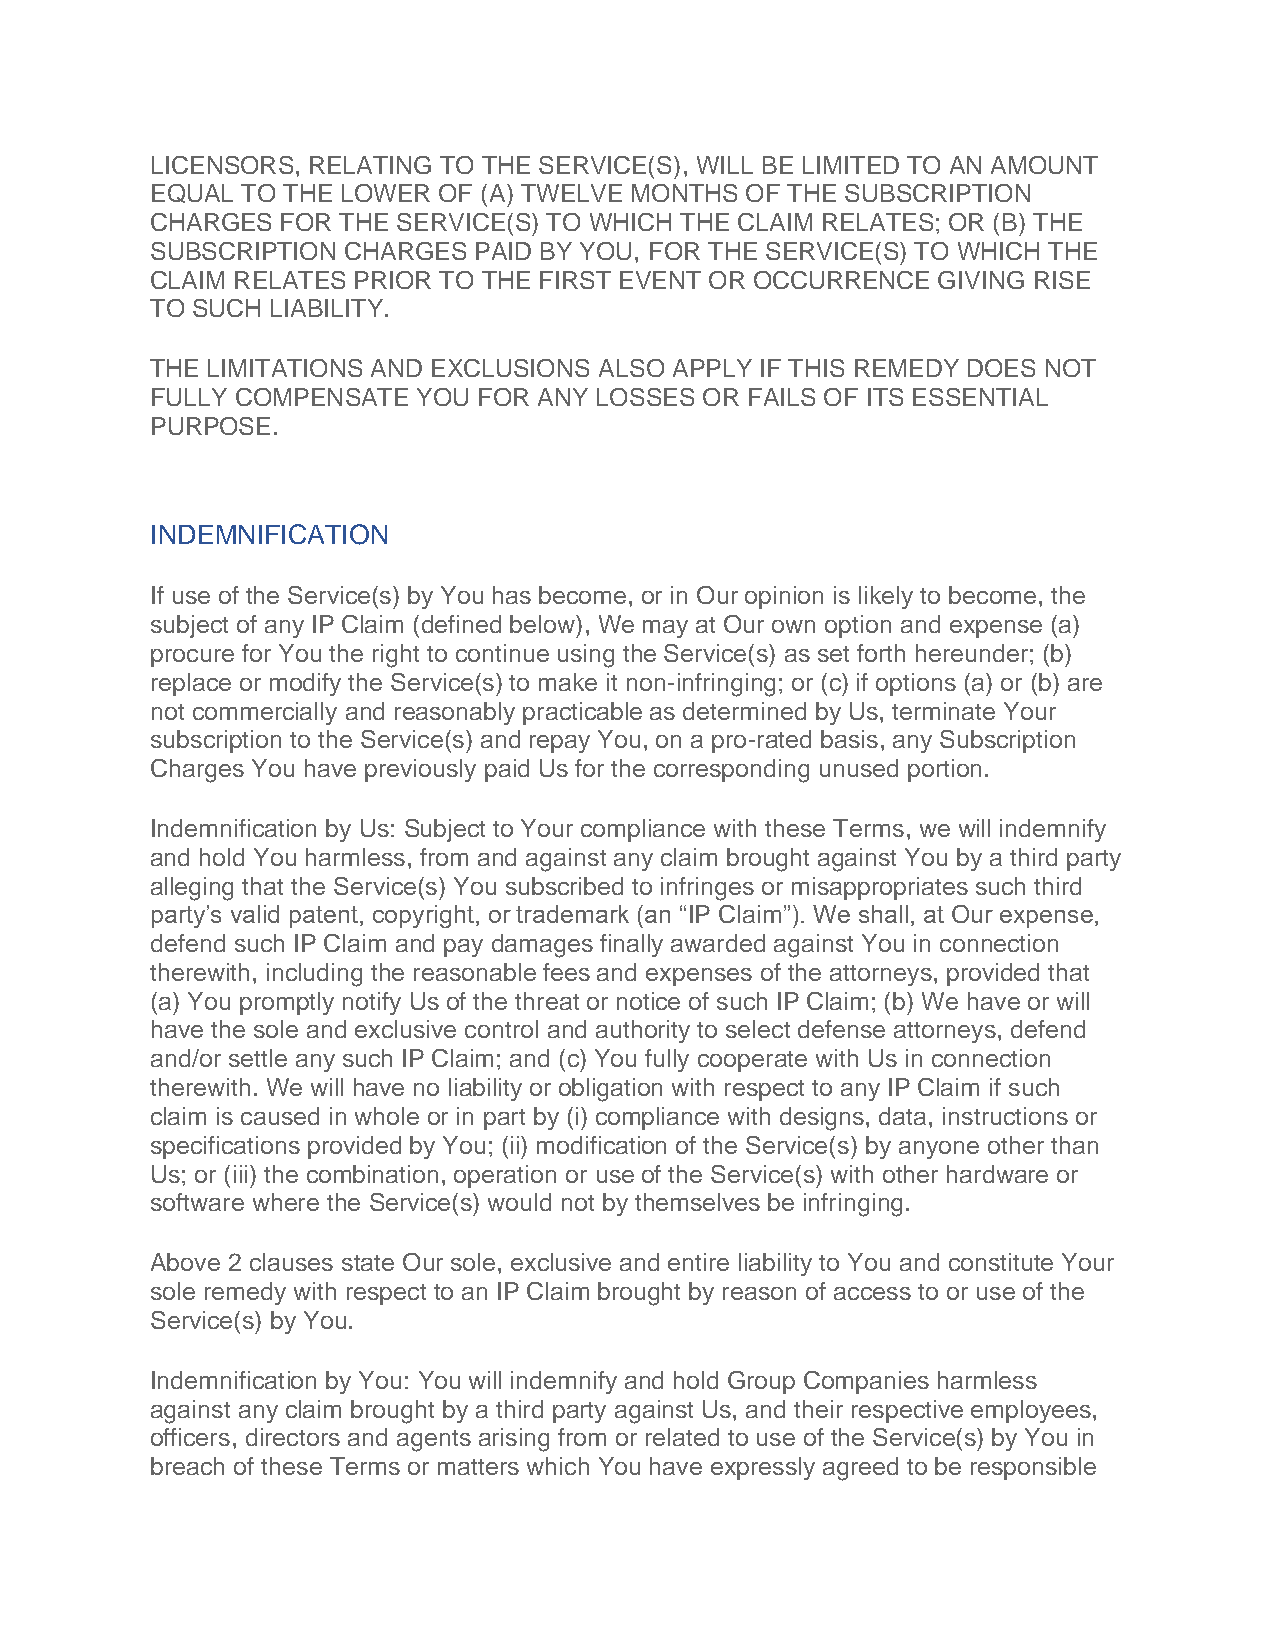
LICENSORS, RELATING TO THE SERVICE(S), WILL BE LIMITED TO AN AMOUNT
 EQUAL TO THE LOWER OF (A) TWELVE MONTHS OF THE SUBSCRIPTION
 CHARGES  FOR THE SERVICE(S) TO WHICH THE CLAIM RELATES; OR (B) THE
 SUBSCRIPTION CHARGES PAID BY YOU, FOR THE SERVICE(S) TO WHICH THE
 CLAIM RELATES PRIOR TO THE FIRST EVENT OR OCCURRENCE GIVING RISE
 TO SUCH LIABILITY.
 THE LIMITATIONS AND EXCLUSIONS ALSO APPLY IF THIS REMEDY DOES NOT
 FULLY COMPENSATE  YOU FOR ANY LOSSES OR FAILS OF ITS ESSENTIAL
 PURPOSE.
 INDEMNIFICATION
 If use of the Service(s) by You has become, or in Our opinion is likely to become, the
 subject of any IP Claim (defined below), We may at Our own option and expense (a)
 procure for You the right to continue using the Service(s) as set forth hereunder; (b)
 replace or modify the Service(s) to make it non-infringing; or (c) if options (a) or (b) are
 not commercially and reasonably practicable as determined by Us, terminate Your
 subscription to the Service(s) and repay You, on a pro-rated basis, any Subscription
 Charges You have previously paid Us for the corresponding unused portion.
 Indemnification by Us: Subject to Your compliance with these Terms, we will indemnify
 and hold You harmless, from and against any claim brought against You by a third party
 alleging that the Service(s) You subscribed to infringes or misappropriates such third
 party’s valid patent, copyright, or trademark (an “IP Claim”). We shall, at Our expense,
 defend such IP Claim and pay damages finally awarded against You in connection
 therewith, including the reasonable fees and expenses of the attorneys, provided that
 (a) You promptly notify Us of the threat or notice of such IP Claim; (b) We have or will
 have the sole and exclusive control and authority to select defense attorneys, defend
 and/or settle any such IP Claim; and (c) You fully cooperate with Us in connection
 therewith. We will have no liability or obligation with respect to any IP Claim if such
 claim is caused in whole or in part by (i) compliance with designs, data, instructions or
 specifications provided by You; (ii) modification of the Service(s) by anyone other than
 Us; or (iii) the combination, operation or use of the Service(s) with other hardware or
 software where the Service(s) would not by themselves be infringing.
 Above 2 clauses state Our sole, exclusive and entire liability to You and constitute Your
 sole remedy with respect to an IP Claim brought by reason of access to or use of the
 Service(s) by You.
 Indemnification by You: You will indemnify and hold Group Companies harmless
 against any claim brought by a third party against Us, and their respective employees,
 officers, directors and agents arising from or related to use of the Service(s) by You in
 breach of these Terms or matters which You have expressly agreed to be responsible